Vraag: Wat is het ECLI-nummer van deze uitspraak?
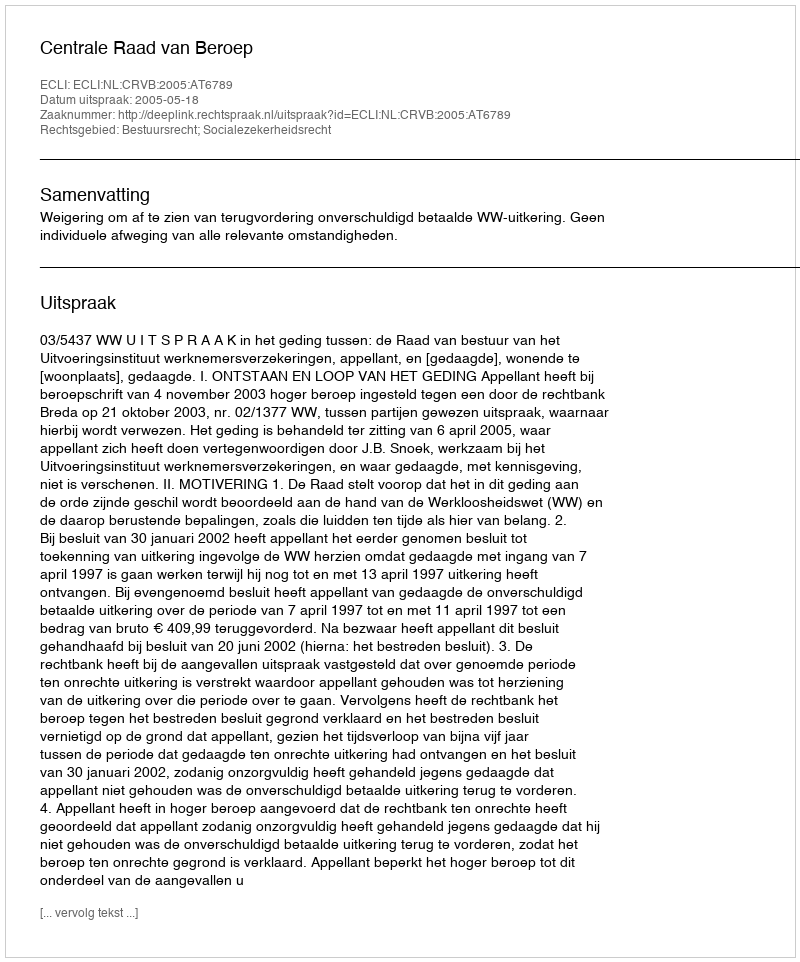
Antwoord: ECLI:NL:CRVB:2005:AT6789